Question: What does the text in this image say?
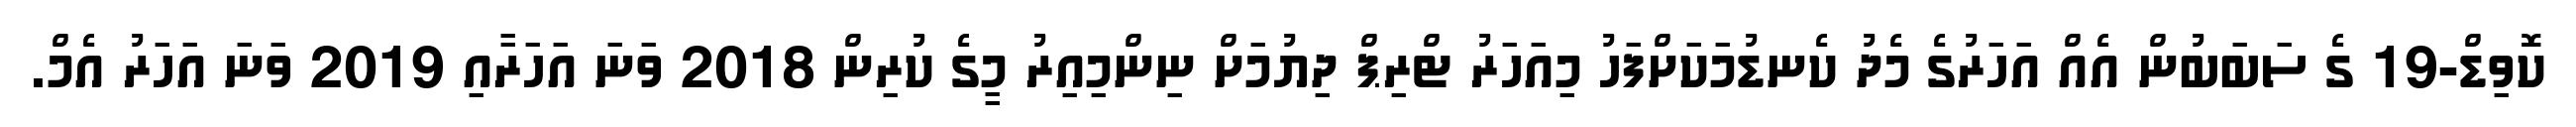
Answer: ކޮވިޑް-19 ގެ ސަބަބުން އެއް އަހަރުގެ މެދު ކެނޑުމަކަށްފަހު މިއަހަރު ޓްރިޕް ދިޔުމަށް ނިންމިއިރު މީގެ ކުރިން 2018 ވަނަ އަހަރާއި 2019 ވަނަ އަހަރު އެމް.